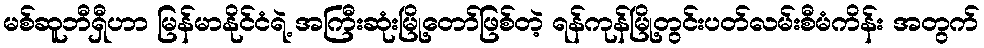
မစ်ဆူဘီရှီဟာ မြန်မာနိုင်ငံရဲ့ အကြီးဆုံးမြို့တော်ဖြစ်တဲ့ ရန်ကုန်မြို့တွင်းပတ်လမ်းစီမံကိန်း အတွက်